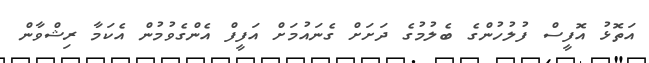
އަތޮޅު އޮފީސް ފުލުހުންގެ ބެލުމުގެ ދަށަށް ގެނައުމަށް އަފީފް އެންގެވުމުން އެކަމާ ރިޝްވާން